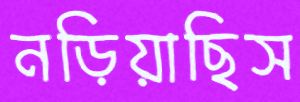
নড়িয়াছিস